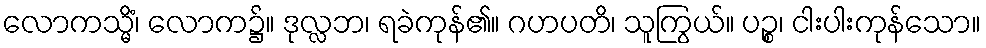
လောကသ္မိံ၊ လောက၌။ ဒုလ္လဘ၊ ရခဲကုန်၏။ ဂဟပတိ၊ သူကြွယ်။ ပဉ္စ၊ ငါးပါးကုန်သော။